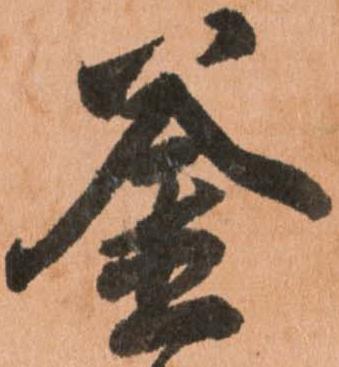
釜